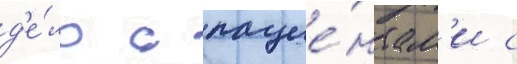
д'е́ло с пацие́нтам'и с